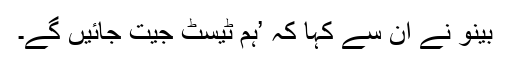
بینو نے ان سے کہا کہ ’ہم ٹیسٹ جیت جائیں گے۔